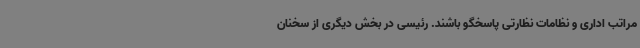
مراتب اداری و نظامات نظارتی پاسخگو باشند. رئیسی در بخش دیگری از سخنان